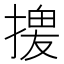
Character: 𢱻